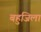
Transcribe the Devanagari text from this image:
बहुजिला